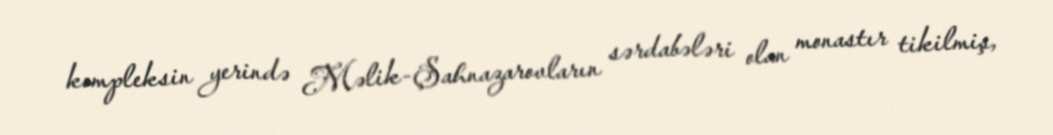
kompleksin yerində Məlik-Şahnazarovların sərdabələri olan monastır tikilmiş,